Indian journal of veterinary science and animal husbandry - Volumes 15-17, 1948-1951
Year: 1948
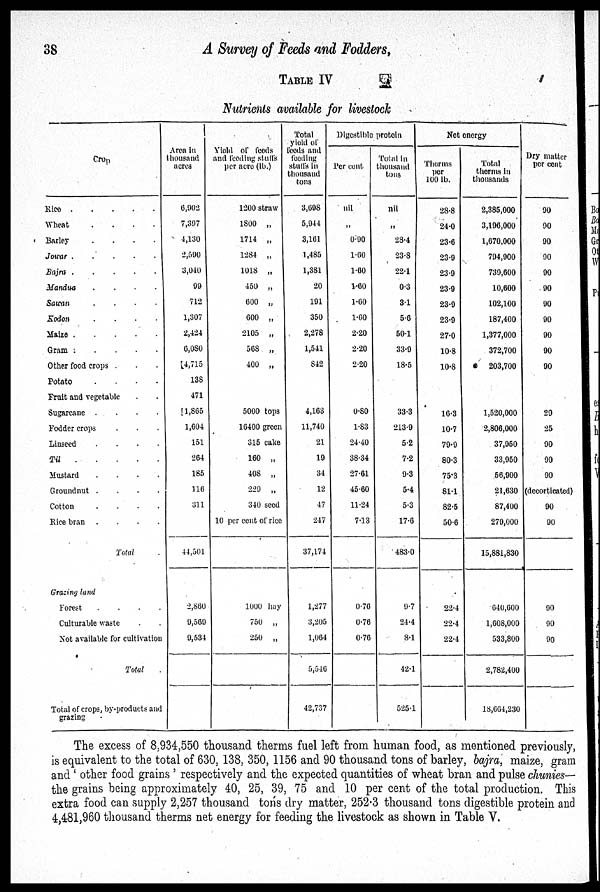
38
A Survey of Feeds and Fodders,
TABLE IV
Nutrients available for livestock
Crop
Rica . . . . .
Wheat . . . . .
Barley
.
.
.
.
Jowar . . . . .
Bajra . . . . .
Mandua
.
.
.
.
Sawan
.
.
.
.
Kodon
.
.
.
.
Maize . . . . .
Gram . . . . .
Other food crops . . .
Potato
.
.
.
.
Fruit and vegetable . .
Sugarcane .
.
.
.
Fodder crops . . . . .
Linseed
.
.
.
.
Til . . . . .
Mustard
.
.
.
.
Groundnut . . . . .
Cotton
.
.
.
.
Rice bran .
.
.
.
Total .
Grazing land
Forest . . . . .
Culturable waste . .
Not available for cultivation
Total
Total of crops, by-products and
grazing
Area in
thousand
acres
6,902
7,807
4,130
2,590
3,040
99
712
1,807
2,424
6,080
4,715
138
471
1,865
1,604
151
264
185
116
311
44,501
2,860
9,569
9,534
Yield of feeds
and feeding skill's
per aero (lb.)
1200 straw
1800 „
1714 „
1284 „
1018 „
450 .,
600 „
600 „
2105 „
568 „
400 „
5000 tops
16400 green
315 cake
160 „
408 „
229 „
340 seed
10 per cent of rice
1000 hay
750 „
250 „
Total
yield of
foods and
feeding
stuffs in
thousand
tons
3,608
5,044
3,161
1,485
1,381
20
191
350
2,278
1,541
842
4,163
11,740
21
19
34
12
47
247
37,174
1,277
3,205
1,064
5,546
42,737
Dlgestible protoin
Per cent
nil
„
0.90
1.60
1.60
1.60
1.60
1.60
2.20
2.20
2.20
0.80
1.83
24.40
38.34
27.61
45.60
11.24
7.13
0.76
0.76
0.76
Total in
thousand
tons
nil
„
28.4
23.8
22.1
0.3
3.1
5.6
50.1
33.9
18.5
33.3
213.9
5.2
7.2
9.3
5.4
5.3
17.6
483.0
9.7
24.4
8.1
42.1
525.1
Not energy
Therms
per
100 lb.
28.8
24.0
23.6
23.9
23.9
23.9
23.9
23.9
27.0
10.8
10.8
16.3
10.7
79.9
80.3
75.3
81.1
82.5
50.6
22.4
22.4
22.4
Total
thorms in
thousands
2,385,000
3,196,000
1,670,000
794,900
739,600
10,600
102,100
187,400
1,377,000
372,700
203,700
1,520,000
2,806,000
37,950
33,950
56,900
21,630
87,400
279,000
15,881,830
640,600
1,608,000
533,800
2,782,400
18,664,230
Dry matter
per cent
90
90
90
90
90
90
90
90
90
90
90
29
25
90
90
90
(decorticated)
90
90
90
90
90
The excess of 8,934,550 thousand therms fuel left from human food, as mentioned previously,
is equivalent to the total of 630, 138, 350, 1156 and 90 thousand tons of barley, bajra, maize, gram
and 'other food grains' respectively and the expected quantities of wheat bran and pulse chunies—
the grains being approximately 40, 25, 39, 75 and 10 per cent of the total production. This
extra food can supply 2,257 thousand tons dry matter, 252.3 thousand tons digestible protein and
4,481,960 thousand therms net energy for feeding the livestock as shown in Table V.